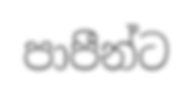
පාපීන්ට